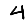
Digit: 4